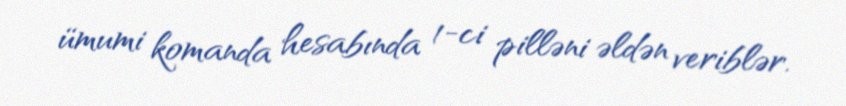
ümumi komanda hesabında 1-ci pilləni əldən veriblər.